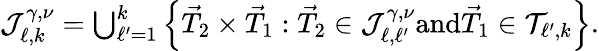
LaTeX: \begin{array}{r}{\mathcal{J}_{\ell,k}^{\gamma,\nu}=\bigcup_{\ell^{\prime}=1}^{k}\left\{ \vec{T}_{2}\times\vec{T}_{1}:\vec{T}_{2}\in\mathcal{J}_{\ell,\ell^{\prime}}^{\gamma,\nu}\textnormal{and}\vec{T}_{1}\in\mathcal{T}_{\ell^{\prime},k}\right\} .}\end{array}